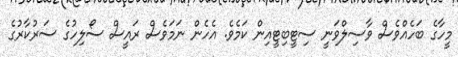
މީހާގެ ބަހެއްވެސް ވާސިލްވަނީ ސިޓީބިޓީއިން ކަމެވެ. އެހެން ނަމަވެސް ރައީސް ސޯލިހުގެ ސަރުކާރުގެ